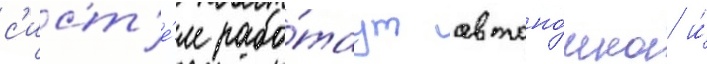
с'ист'е́м рабо́таут автоно́мно и́